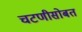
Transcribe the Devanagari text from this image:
चटणीसोबत